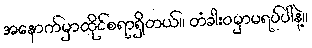
အနောက်မှာထိုင်စရာရှိတယ်။ တံခါးဝမှာမရပ်ပါနဲ့။